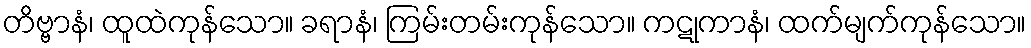
တိဗ္ဗာနံ၊ ထူထဲကုန်သော။ ခရာနံ၊ ကြမ်းတမ်းကုန်သော။ ကဋုကာနံ၊ ထက်မျက်ကုန်သော။